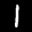
Label: 1